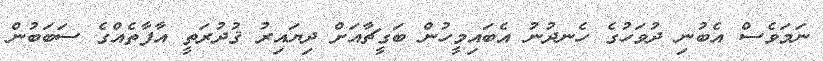
ނަމަވެސް އެބުނި ދުވަހުގެ ހެނދުނު އެބައިމީހުން ބަގީޗާއަށް ދިޔައިރު ޤުދުރަތީ އާފާތެއްގެ ސަބަބުން